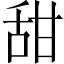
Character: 甜